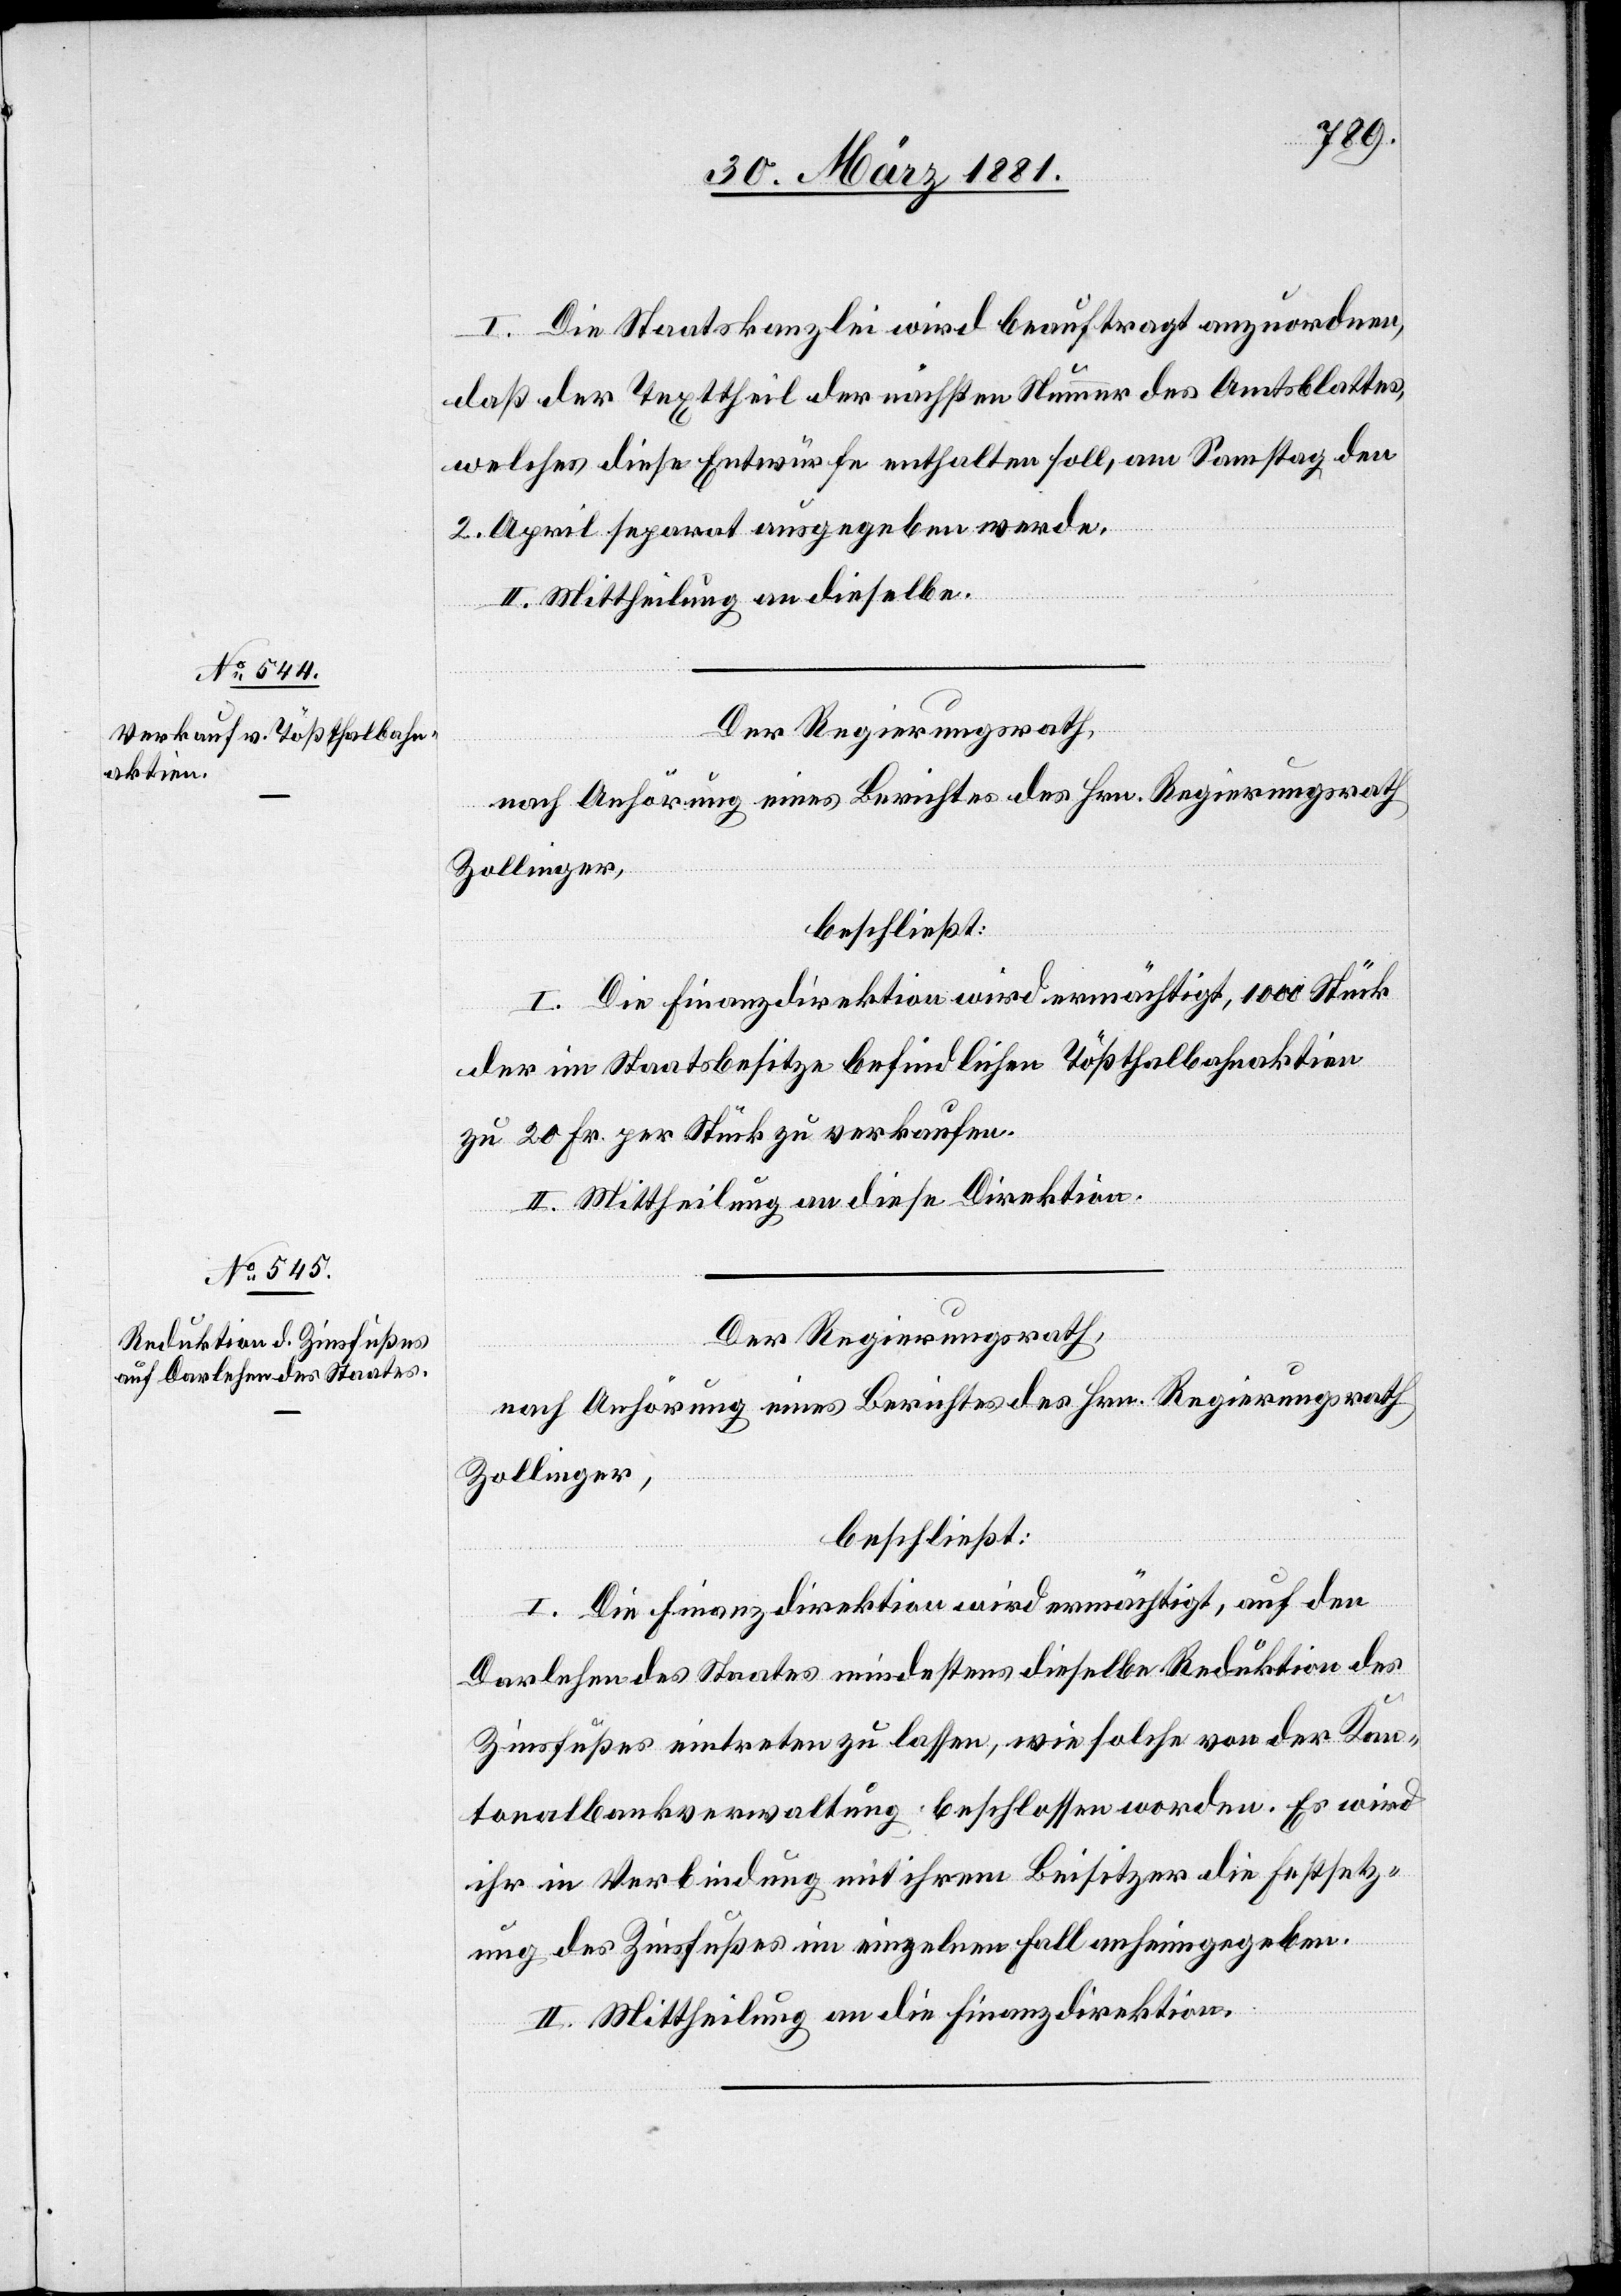
I. Die Staatskanzlei wird beauftragt anzuordnen,
daß der Texttheil der nächsten Nummer des Amtsblattes,
welches diese Entwürfe enthalten soll, am Samstag den
2. April separat ausgegeben werde.
II. Mittheilung an dieselbe.
Der Regierungsrath,
nach Anhörung eines Berichtes des Hrn. Regierungsrath
Zollinger,
beschließt:
I. Die Finanzdirektion wird ermächtigt, 1000 Stück
der im Staatsbesitze befindlichen Tößthalbahnaktien
zu 20 Fr. per Stück zu verkaufen.
II. Mittheilung an diese Direktion.
Der Regierungsrath,
nach Anhörung eines Berichtes des Hrn. Regierungsrath
Zollinger,
beschließt:
I. Die Finanzdirektion wird ermächtigt, auf den
Darlehen des Staates mindestens dieselbe Reduktion des
Zinsfußes eintreten zu lassen, wie solche von der Kan¬
tonalbankverwaltung beschlossen worden. Es wird
ihr in Verbindung mit ihrem Beisitzer die Festsetz¬
ung des Zinsfußes im einzelnen Fall anheim gegeben.
II. Mittheilung an die Finanzdirektion.